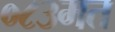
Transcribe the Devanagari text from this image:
०८३मत